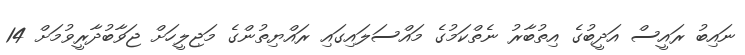
ނައިބު ރައީސް އަދީބުގެ އިތުބާރު ނެތްކަމުގެ މައްސަލައިގައި ރައްޔިތުންގެ މަޖިލީހަށް ޖަވާބުދާރީވުމަށް 14